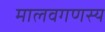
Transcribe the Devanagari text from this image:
मालवगणस्य